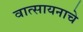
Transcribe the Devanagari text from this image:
वात्सायनाचे